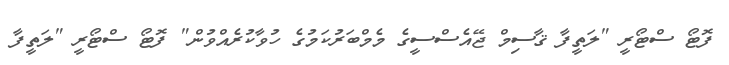
ފޮޓޯ ސްޓޯރީ "ލަތީފާ ޤާސިމް ޖޭއެސްސީގެ މެމްބަރުކަމުގެ ހުވާކުރެއްވުން" ފޮޓޯ ސްޓޯރީ "ލަތީފާ